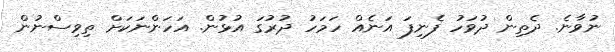
ނުވާނެ. ދެތިން ދުވަހު ފެނިފަ އަނެއް ހަމަހު ދުރުގަ އުޅުން. އަހަންނަކަށް ތިވިސްނުން